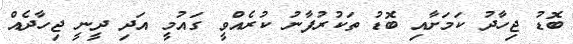
ބޮޑު ޖިހާދު ކަމަށާއި ބޮޑު ތަކުރުފާނު ކުރެއްވީ ގައުމީ އަދި ދީނީ ޖިހާދެއް